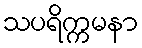
သပရိက္ကမနာ